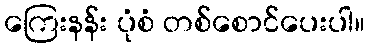
ကြေးနန်း ပုံစံ တစ်စောင်ပေးပါ။